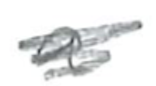
Text: a
Cross-out: scratch
Writing tool: pencil